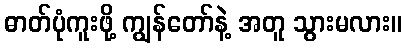
ဓာတ်ပုံကူးဖို့ ကျွန်တော်နဲ့ အတူ သွားမလား။